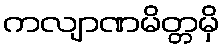
ကလျာဏမိတ္တမှိ